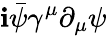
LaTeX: \mathbf{i}{\bar{{\psi}}}\gamma^{\mu}\partial_{\mu}\psi